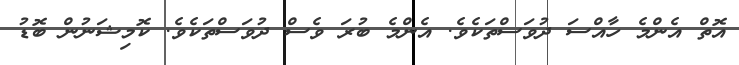
އޮތް އެންމެ ހާއްސަ ދުވަސްތަކެވެ. އެންމެ ބުރަ ވެސް ދުވަސްތަކެވެ. ކޮމިޝަނުން ބޮޑު